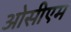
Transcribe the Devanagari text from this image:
ओसीएम